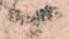
い